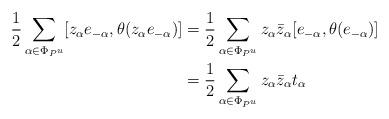
LaTeX: \begin{align*}\frac{1}{2} \sum_{\alpha \in \Phi_{P^u}} [z_{\alpha}e_{-\alpha},\theta(z_{\alpha}e_{-\alpha})]& = \frac{1}{2} \sum_{\alpha \in \Phi_{P^u}} z_{\alpha}\bar{z}_{\alpha} [e_{-\alpha},\theta(e_{-\alpha})] \\& = \frac{1}{2} \sum_{\alpha \in \Phi_{P^u}} z_{\alpha}\bar{z}_{\alpha} t_{\alpha} \end{align*}